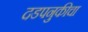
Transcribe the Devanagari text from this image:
दडपनुकीचा